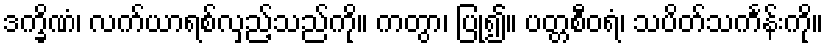
ဒက္ခိဏံ၊ လက်ယာရစ်လှည့်သည်ကို။ ကတွာ၊ ပြု၍။ ပတ္တစီဝရံ၊ သပိတ်သင်္ကန်းကို။